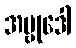
အဗ္ဗုဒေါ